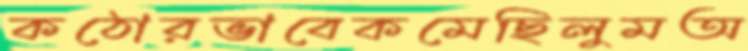
কঠোরভাবেকমেছিলুমঅ